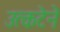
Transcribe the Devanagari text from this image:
उत्कटेने